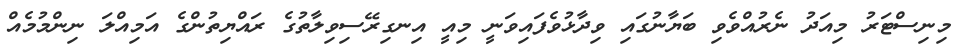
މިނިސްޓަރު މިއަދު ނެރުއްވެވި ބަޔާނުގައި ވިދާޅުވެފައިވަނީ މިއީ އިނގިރޭސިވިލާތުގެ ރައްޔިތުންގެ އަމިއްލަ ނިންމުމެއް